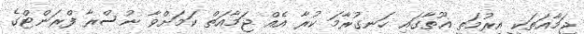
ޖަމާއަތަކީ އިރުމަތީ ޣޫތާގައި ހަނގުރާމަ ކުރާ އެއް ޖަމާއަތް ކަމަށްވާ ނުސްރާ ފްރަންޓްގެ